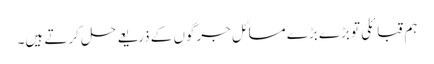
ہم قبائلی تو بڑے بڑے مسائل جرگوں کے ذریعے حل کرتے ہیں۔